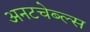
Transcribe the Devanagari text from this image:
अनटचेब्ल्स